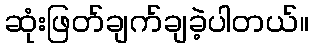
ဆုံးဖြတ်ချက်ချခဲ့ပါတယ်။